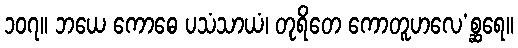
၁၀၇။ ဘယေ ကောဓေ ပသံသာယံ၊ တုရိတေ ကောတူဟလေ’စ္ဆရေ။